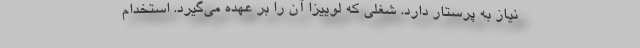
نیاز به پرستار دارد. شغلی که لوییزا آن را بر عهده می‌گیرد. استخدام